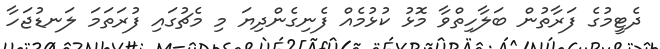
ދެޓީމުގެ ފަރާތުން ބަލާހިތްވާ މޮޅު ކުޅުމެއް ފެނިގެންދިޔަ މި މެޗުގައި ފުރަތަމަ ލަނޑުޖަހާ